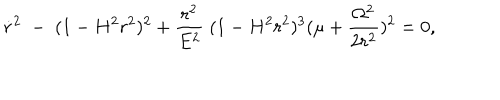
\dot { r } ^ { 2 } \; - \; ( 1 - H ^ { 2 } r ^ { 2 } ) ^ { 2 } + \frac { r ^ { 2 } } { E ^ { 2 } } \; ( 1 - H ^ { 2 } r ^ { 2 } ) ^ { 3 } ( \mu + \frac { \Omega ^ { 2 } } { 2 r ^ { 2 } } ) ^ { 2 } = 0 ,